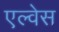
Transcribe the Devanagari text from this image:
एल्वेस